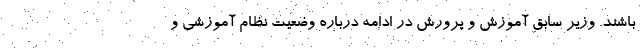
باشند. وزیر سابق آموزش و پرورش در ادامه درباره وضعیت نظام آموزشی و